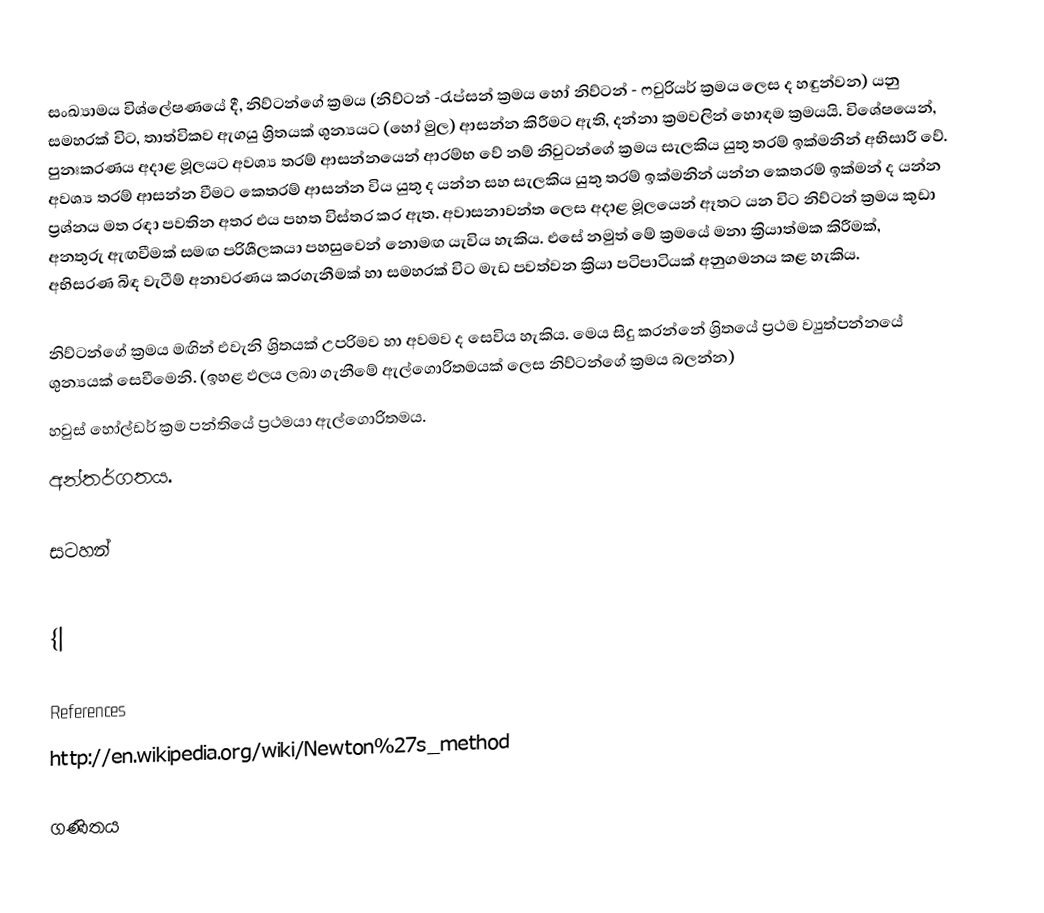
සංඛ්‍යාමය විශ්ලේෂණයේ දී, නිව්ටන්ගේ ක්‍රමය (නිව්ටන් -රැප්සන් ක්‍රමය හෝ නිව්ටන් - ෆවුරියර් ක්‍රමය ලෙස ද හඳුන්වන) යනු සමහරක් විට, තාත්විකව ඇගයු ශ්‍රිතයක් ශුන්‍යයට (හෝ මුල) ආසන්න කිරීමට ඇති, දන්නා ක්‍රමවලින් හොඳම ක්‍රමයයි. විශේෂයෙන්, පුනඃකරණය අදාළ මූලයට අවශ්‍ය තරම් ආසන්නයෙන් ආරම්භ වේ නම් නිවුටන්ගේ ක්‍රමය සැලකිය යුතු තරම් ඉක්මනින් අභිසාරී වේ. අවශ්‍ය තරම් ආසන්න වීමට කෙතරම් ආසන්න විය යුතු ද යන්න සහ සැලකිය යුතු තරම් ඉක්මනින් යන්න කෙතරම් ඉක්මන් ද යන්න ප්‍රශ්නය මත රඳා පවතින අතර එය පහත විස්තර කර ඇත. අවාසනාවන්ත ලෙස අදාළ මූලයෙන් ඈතට යන විට නිව්ටන් ක්‍රමය කුඩා අනතුරු ඇඟවීමක් සමඟ පරිශීලකයා පහසුවෙන් නොමඟ යැවිය හැකිය. එසේ නමුත් මේ ක්‍රමයේ  මනා ක්‍රියාත්මක කිරීමක්,  අභිසරණ බිඳ වැටීම් අනාවරණය කරගැනීමක් හා සමහරක් විට මැඩ පවත්වන ක්‍රියා පටිපාටියක් අනුගමනය කළ  හැකිය.

නිව්ටන්ගේ ක්‍රමය මඟින් එවැනි ශ්‍රිතයක් උපරිමව හා අවමව ද සෙවිය හැකිය. මෙය සිදු කරන්නේ ශ්‍රිතයේ ප්‍රථම ව්‍යුත්පන්නයේ ශුන්‍යයක් සෙවීමෙනි. (ඉහළ ඵලය ලබා ගැනීමේ ඇල්ගොරිතමයක් ලෙස නිව්ටන්ගේ ක්‍රමය බලන්න)
හවුස් හෝල්ඩර් ක්‍රම පන්තියේ ප්‍රථමයා ඇල්ගොරිතමය.
අන්තර්ගතය.

සටහන්

{|

References
http://en.wikipedia.org/wiki/Newton%27s_method

ගණිතය